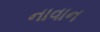
નાવાન